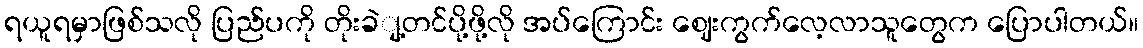
ရယူရမှာဖြစ်သလို ပြည်ပကို တိုးခဲျ့တင်ပို့ဖို့လို အပ်ကြောင်း ဈေးကွက်လေ့လာသူတွေက ပြောပါတယ်။